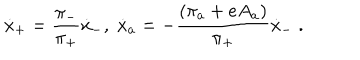
\dot { x } _ { + } = \frac { \pi _ { - } } { \pi _ { + } } \dot { x } _ { - } , \; \dot { x } _ { a } = - \frac { ( \pi _ { a } + e A _ { a } ) } { \pi _ { + } } \dot { x } _ { - } \; .